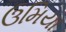
ઉમિયા